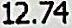
12.74